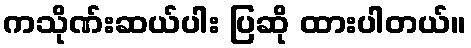
ကသိုဏ်းဆယ်ပါး ပြဆို ထားပါတယ်။